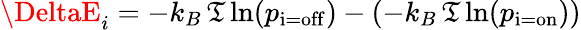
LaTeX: \DeltaE_{i}=-k_{B}\, \mathfrak{T}\ln(p_{\mathrm{{i=off}}})-(-k_{B}\, \mathfrak{T}\ln(p_{\mathrm{{i=on}}}))